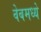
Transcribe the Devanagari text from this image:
वेबमध्ये